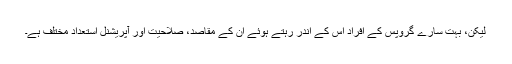
لیکن، بہت سارے گروپس کے افراد اِس کے اندر رہتے ہوئے اُن کے مقاصد، صلاحیت اور آپریشنل استعداد مختلف ہے۔